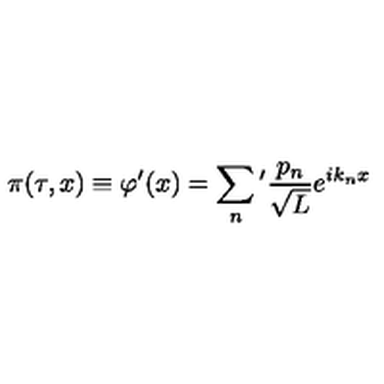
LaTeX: \pi ( \tau , x ) \equiv \varphi ^ { \prime } ( x ) = \sum _ { n } { } ^ { \prime } \frac { p _ { n } } { \sqrt { L } } e ^ { i k _ { n } x }